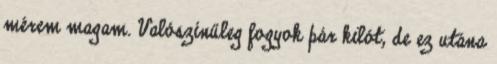
mérem magam. Valószínűleg fogyok pár kilót, de ez utána